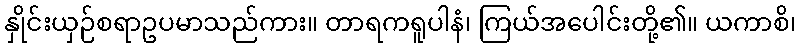
နှိုင်းယှဉ်စရာဥပမာသည်ကား။ တာရကရူပါနံ၊ ကြယ်အပေါင်းတို့၏။ ယကာစိ၊